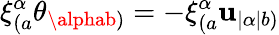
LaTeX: \xi_{(a}^{\alpha}\theta_{\alphab)}=-\xi_{(a}^{\alpha}\mathbf{u}_{|\alpha|b)}